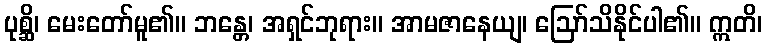
ပုစ္ဆိ၊ မေးတော်မူ၏။ ဘန္တေ၊ အရှင်ဘုရား။ အာမဇာနေယျ၊ ဩော်သိနိုင်ပါ၏။ ဣတိ၊